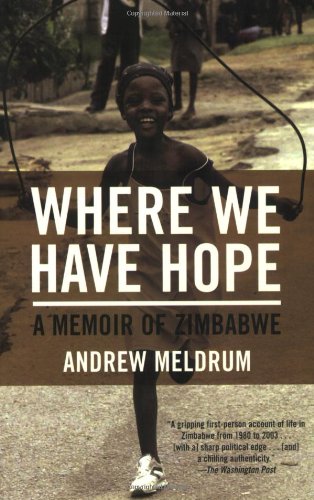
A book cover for Where We Have Hope: A Memoir of Zimbabwe; Andrew Meldrum; History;